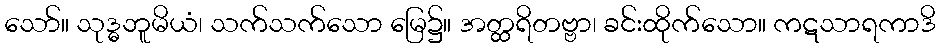
သော်။ သုဒ္ဓဘူမိယံ၊ သက်သက်သော မြေ၌။ အတ္ထရိတဗ္ဗာ၊ ခင်းထိုက်သော။ ကဋသာရကာဒိ